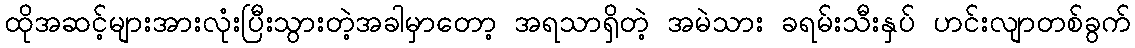
ထိုအဆင့်များအားလုံးပြီးသွားတဲ့အခါမှာတော့ အရသာရှိတဲ့ အမဲသား ခရမ်းသီးနှပ် ဟင်းလျာတစ်ခွက်